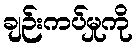
ချဉ်းကပ်မှုကို